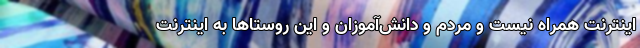
اینترنت همراه نیست و مردم و دانش‌آموزان و این روستاها به اینترنت